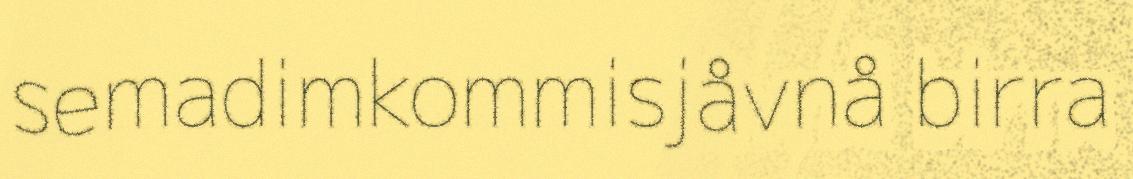
semadimkommisjåvnå birra